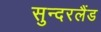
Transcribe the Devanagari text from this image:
सुन्दरलैंड